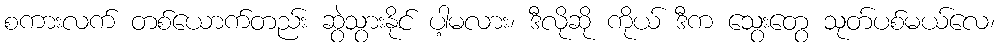
စကားလက် တစ်ယောက်တည်း ဆွဲသွားနိုင် ပါ့မလား၊ ဒီလိုဆို ကိုယ် ဒီက သွေးတွေ သုတ်ပစ်မယ်လေ၊